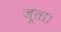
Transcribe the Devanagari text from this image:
जूता।